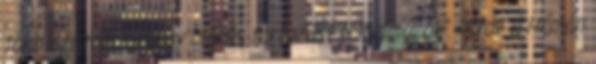
több százezres vagy milliós tartozást felhalmozók”. “Azok a Hámán